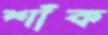
শাঁক